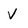
Character: v